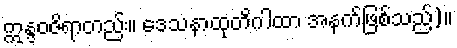
ဣန္ဒဝဇိရာတည်း။ ဒေသနာထုတိဂါထာ အနက်ဖြစ်သည်)။